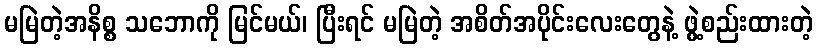
မမြဲတဲ့အနိစ္စ သဘောကို မြင်မယ်၊ ပြီးရင် မမြဲတဲ့ အစိတ်အပိုင်းလေးတွေနဲ့ ဖွဲ့စည်းထားတဲ့